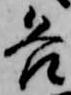
各